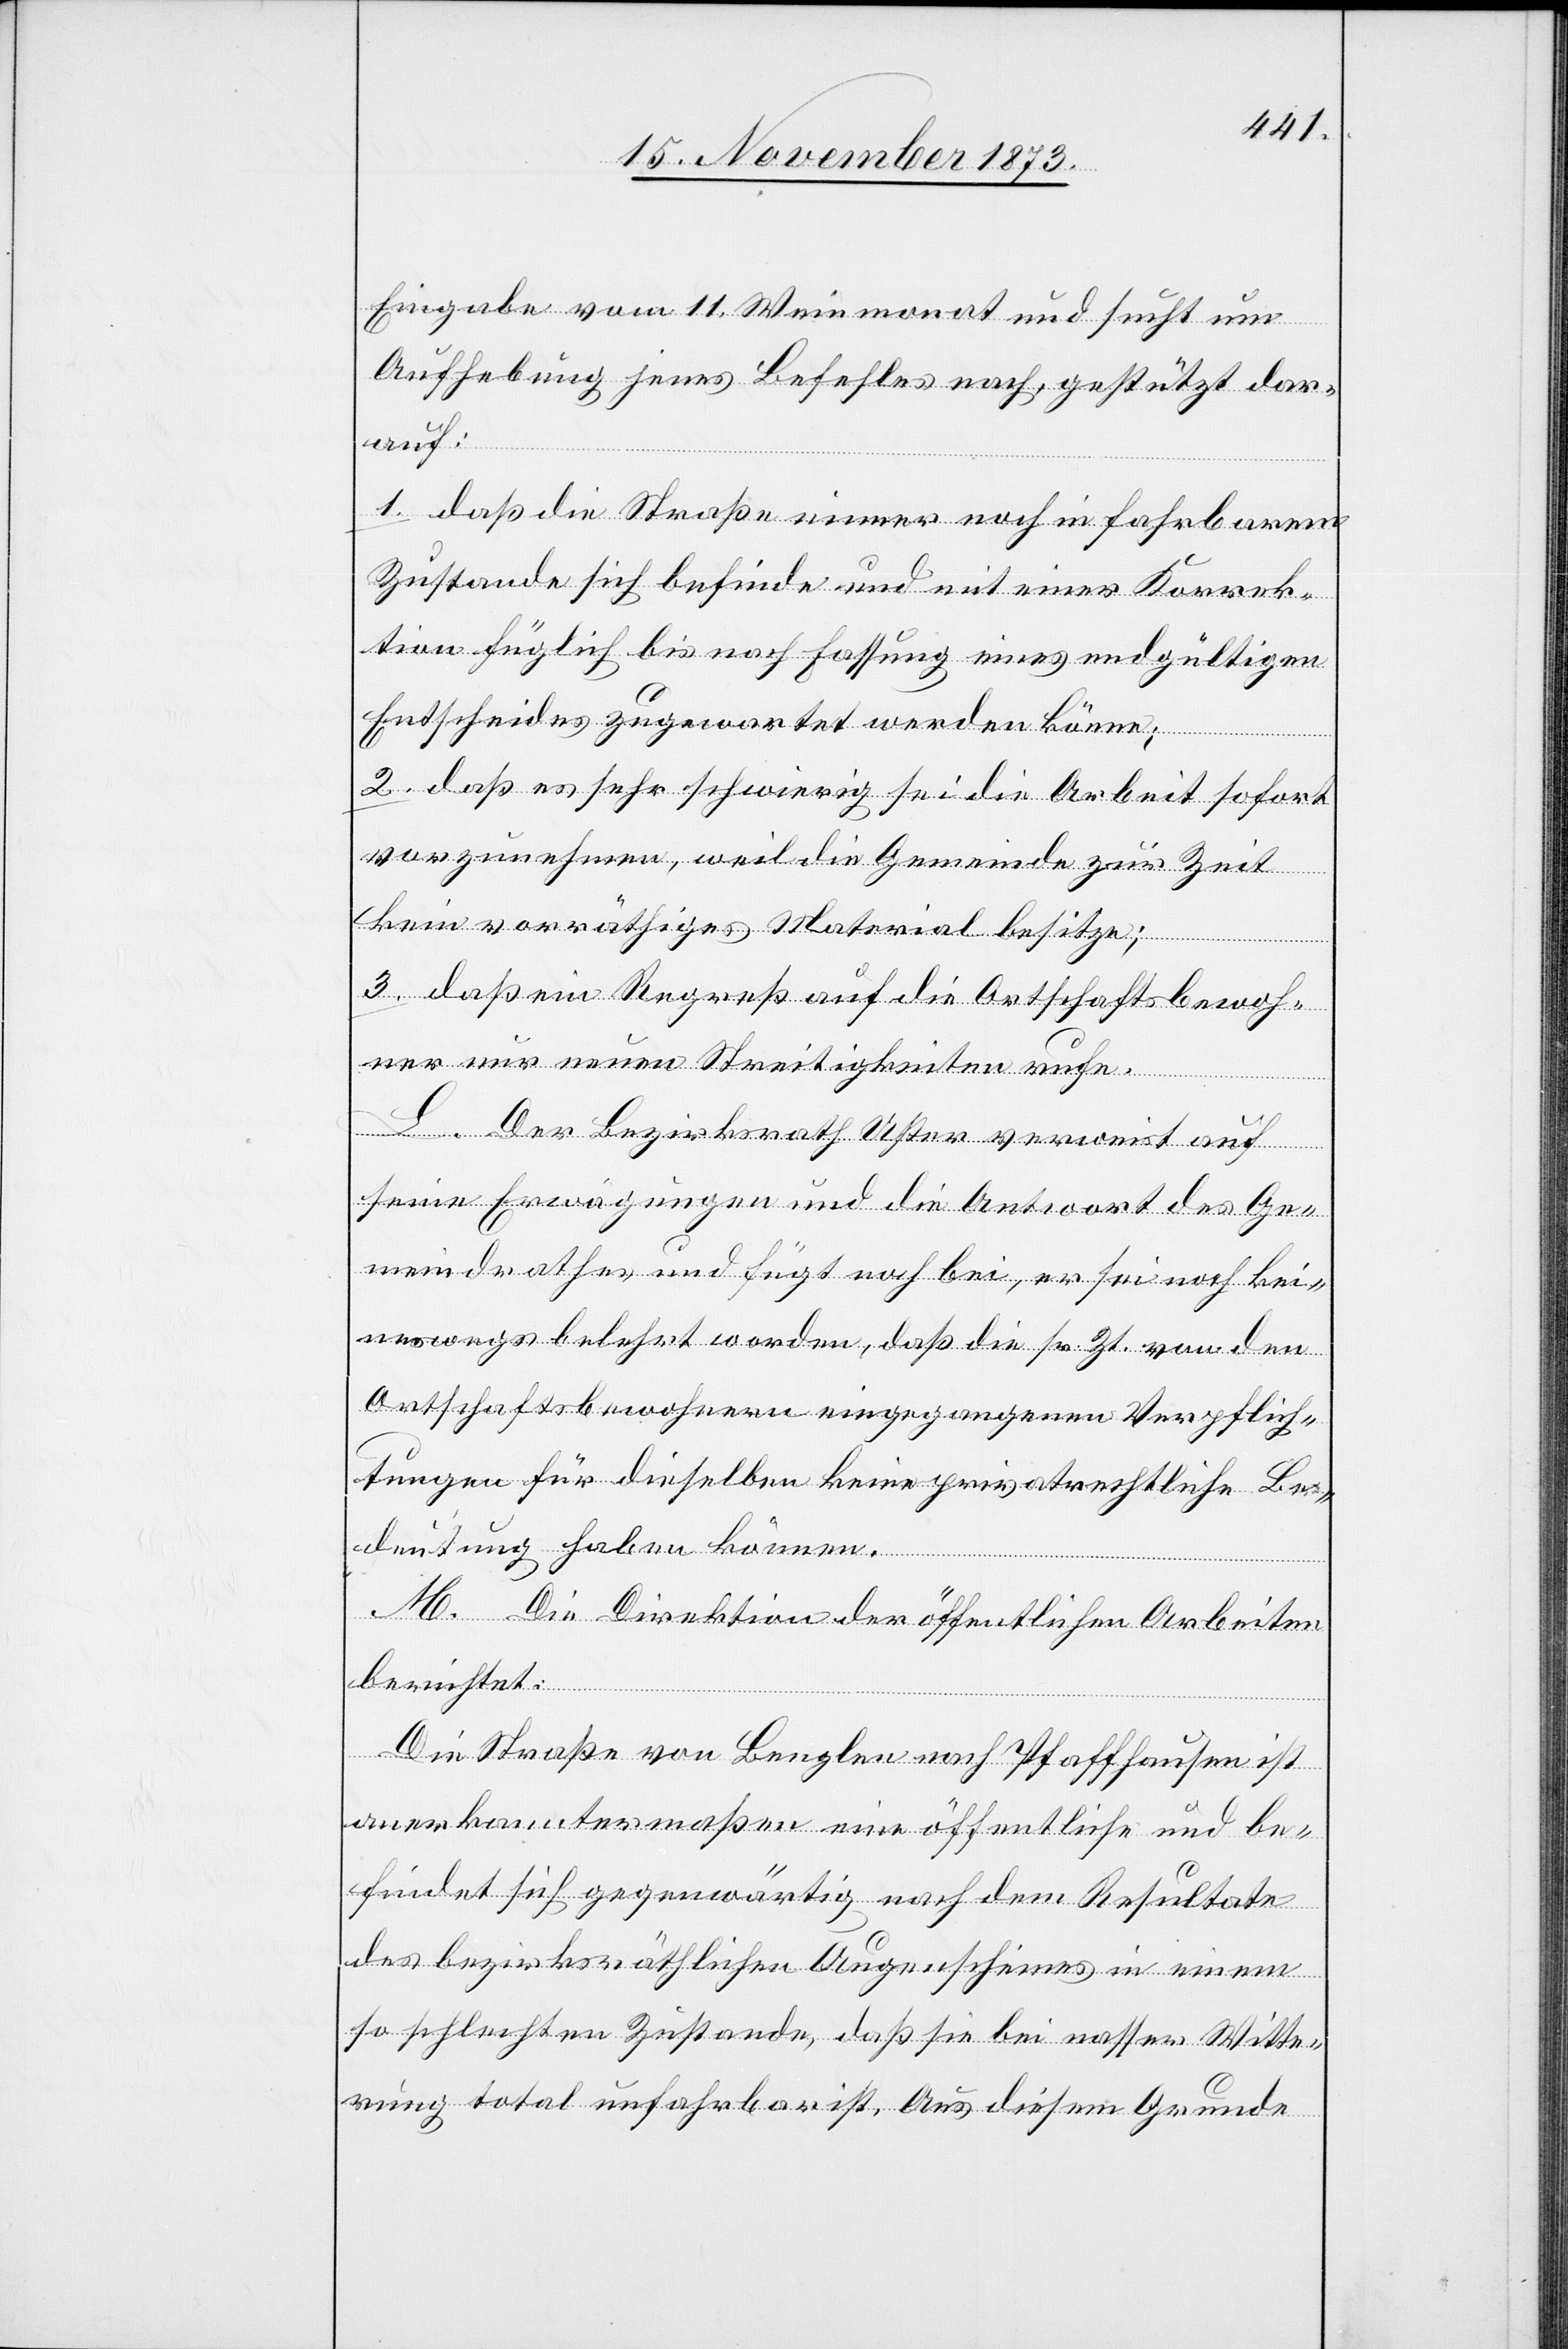
Eingabe vom 11. Weinmonat und sucht um
Aufhebung jenes Befehles nach, gestützt dar¬
auf:
1. daß die Straße immer noch in fahrbarem
Zustande sich befinde und mit einer Korrek¬
tion füglich bis nach Fassung eines endgültigen
Entscheides zugewartet werden könne;
2. daß es sehr schwierig sei die Arbeit sofort
vorzunehmen, weil die Gemeinde zur Zeit
kein vorräthiges Material besitze;
3. daß ein Regreß auf die Ortschaftsbewoh¬
ner nur neuen Streitigkeiten rufe.
L. Der Bezirksrath Uster verweist auf
seine Erwägungen und die Antwort des Ge¬
meindrathes und fügt noch bei, er sei noch kei¬
neswegs belehrt worden, daß die sr. Zt. von den
Ortschaftsbewohnern eingegangenen Verpflich¬
tungen für dieselben keine privatrechtliche Be¬
deutung haben können.
M. Die Direktion der öffentlichen Arbeiten
berichtet:
Die Straße von Benglen nach Pfaffhausen ist
anerkanntermaßen eine öffentliche und be¬
findet sich gegenwärtig nach dem Resultate
des bezirksräthlichen Augenscheines in einem
so schlechten Zustande, daß sie bei nasser Witte¬
rung total unfahrbar ist. Aus diesem Grunde